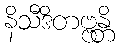
နိသီဒိတဗ္ဗန္တိ